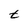
Character: t